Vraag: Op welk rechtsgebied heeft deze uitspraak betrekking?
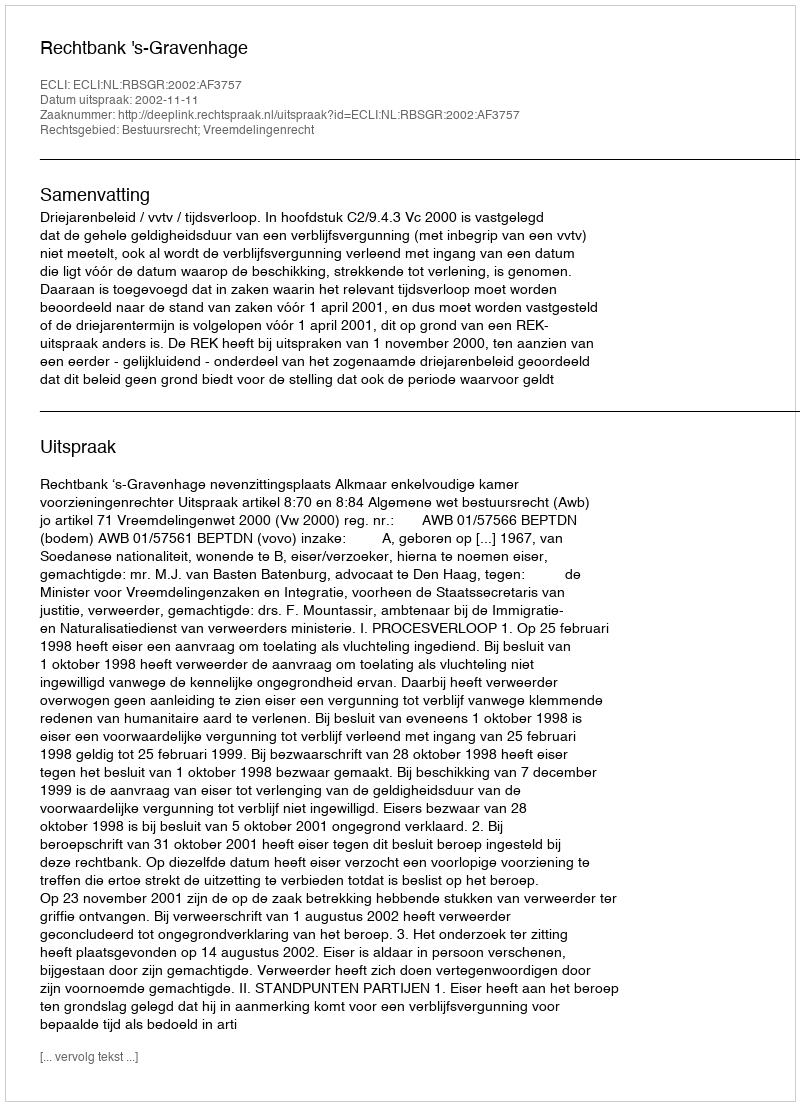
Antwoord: Bestuursrecht; Vreemdelingenrecht